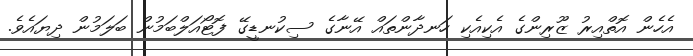
އެހެން އޮތްއިރު ޒޫރިންގެ އެކިއެކި ހަނދާންތައް އޭނާގެ ސިކުނޑީގޭ ފޮޓޯއަލްބަމުން ބަލަމުން ދިޔައެވެ.